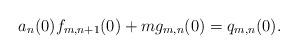
LaTeX: \begin{align*}a_n(0)f_{m,n+1}(0) + mg_{m,n}(0)=q_{m,n}(0).\end{align*}